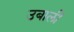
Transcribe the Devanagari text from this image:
उबालीं